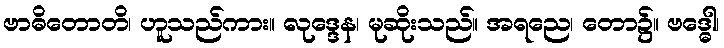
ဗာဓိတောတိ၊ ဟူသည်ကား။ လုဒ္ဒေန၊ မုဆိုးသည်။ အရညေ၊ တော၌။ ဗဒ္ဓေါ၊